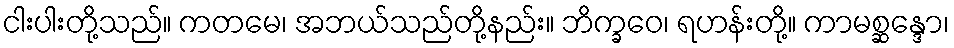
ငါးပါးတို့သည်။ ကတမေ၊ အဘယ်သည်တို့နည်း။ ဘိက္ခဝေ၊ ရဟန်းတို့။ ကာမစ္ဆန္ဒော၊